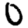
Digit: 0